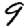
Digit: 9